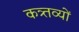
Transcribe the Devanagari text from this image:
कत्र्तव्यों